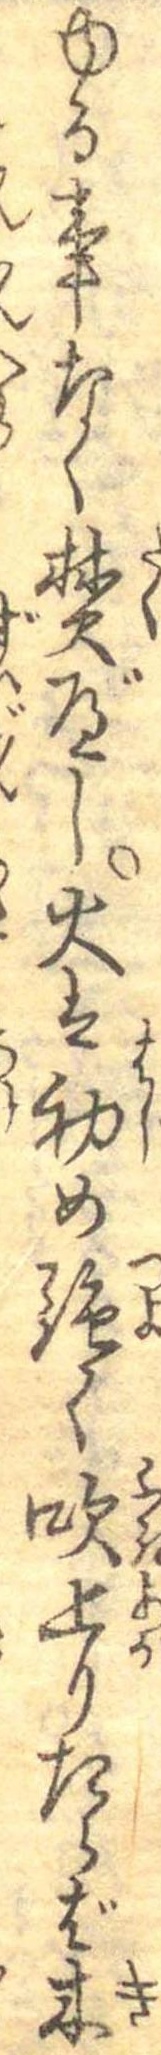
ゆる事なく焚べし火は初め強く吹上りたらば木